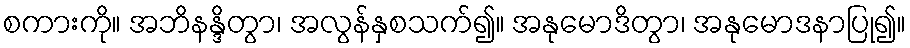
စကားကို။ အဘိနန္ဒိတွာ၊ အလွန်နှစသက်၍။ အနုမောဒိတွာ၊ အနုမောဒနာပြု၍။